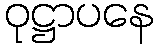
ဝုဋ္ဌာပနေ